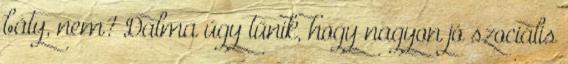
báty, nem? Dalma úgy tűnik, hogy nagyon jó szociális